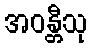
အဝန္တီသု